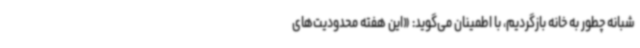
شبانه چطور به خانه بازگردیم، با اطمینان می‌گوید: «این هفته محدودیت‌های